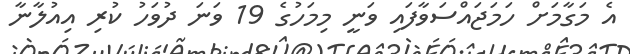
އެ މަގާމަށް ހަމަޖައްސަވާފައި ވަނީ މިމަހުގެ 19 ވަނަ ދުވަހު ކުރި އިއުލާނާ